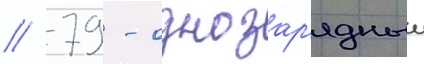
// 79 - однозар'ядныи